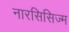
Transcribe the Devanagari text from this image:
नारसिसिज्म